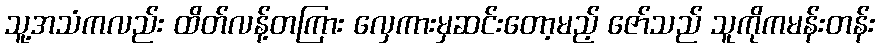
သူ့အသံကလည်း ထိတ်လန့်တကြား လှေကားမှဆင်းတော့မည့် ဇော်သည် သူကိုကမန်းတန်း